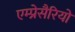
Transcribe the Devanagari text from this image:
एम्प्रेसैरियो